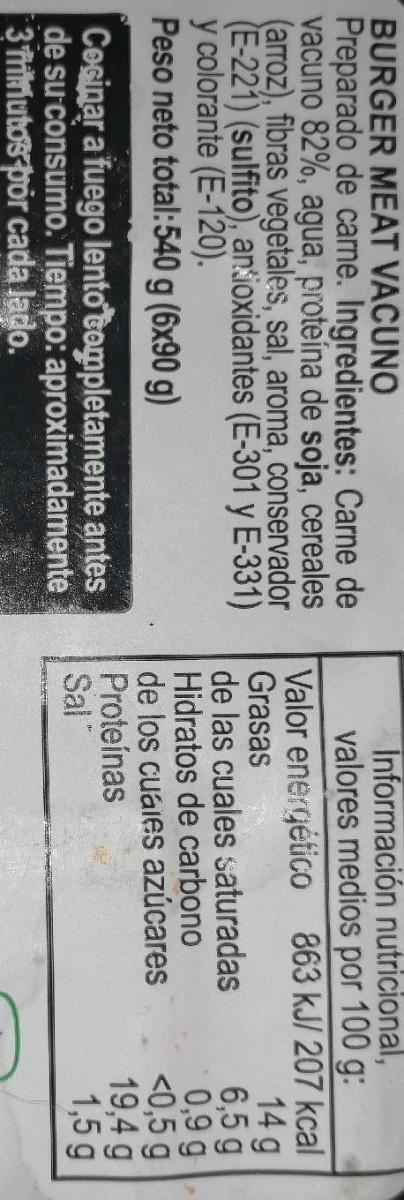
Información nutricional, valores medios por 100 g: Valor energético 863 kJ/ 207 kcal
BURGER MEAT VACUNO Preparado de carne. Ingredientes: Carne de vacuno 82%, agua, proteína de soja, cereales (arroz), fibras vegetales, sal, aroma, conservador E-221) (sulfito), ankioxidantes (E-301 y E-331) y colorante (E-120). Peso neto total:540 g (6x90 g)
14 g 6,5 g 0,9 g <0,5 g 19,4 g 1,5 g
Grasas
de las cuales saturadas
Hidratos de carbono
de los cuaies azúcares
Proteínas Sal
Cesinar a fuego lento completamente antes de su consumo. Tiempo: aproximadamente 3 Tririutos por cada lado.